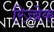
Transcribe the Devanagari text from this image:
रिज्ब्रेक